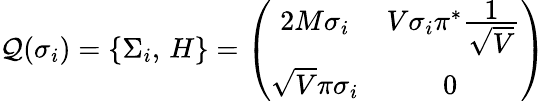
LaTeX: {\cal Q}(\sigma_{i})=\{ \Sigma_{i},\, H\} =\left(\begin{array}{cc}{{2M\sigma_{i}}}&{{V\sigma_{i}\pi^{*}\frac{\textstyle 1}{\textstyle\sqrt{V}}}}\\ {{\sqrt{V}\pi\sigma_{i}}}&{{0~}}\end{array}\right)